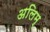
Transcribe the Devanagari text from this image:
अलिम्